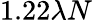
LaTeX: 1.22\lambda N